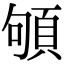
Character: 䪷